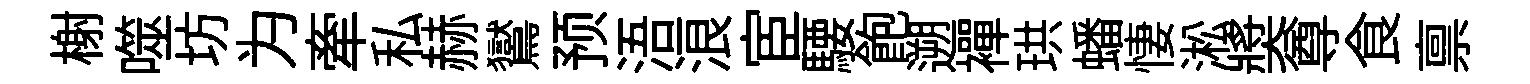
榭噬坊为牽私赫鸑预浯浪宦騕飽遡襌珙蟠悽淞奬尊食禀